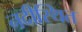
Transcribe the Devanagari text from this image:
नदीस्थित